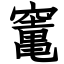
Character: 竃